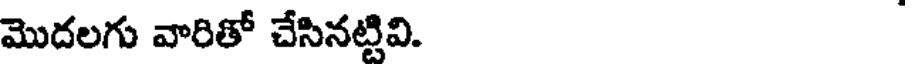
మొదలగు వారితో చేసినట్టివి.